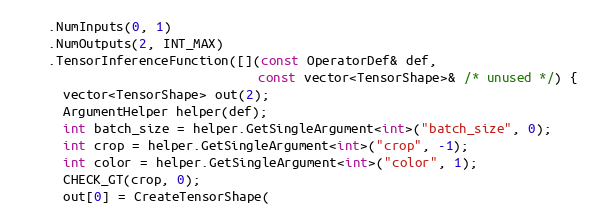
Language: C++
    .NumInputs(0, 1)
    .NumOutputs(2, INT_MAX)
    .TensorInferenceFunction([](const OperatorDef& def,
                                const vector<TensorShape>& /* unused */) {
      vector<TensorShape> out(2);
      ArgumentHelper helper(def);
      int batch_size = helper.GetSingleArgument<int>("batch_size", 0);
      int crop = helper.GetSingleArgument<int>("crop", -1);
      int color = helper.GetSingleArgument<int>("color", 1);
      CHECK_GT(crop, 0);
      out[0] = CreateTensorShape(